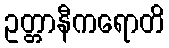
ဥတ္တာနီကရောတိ